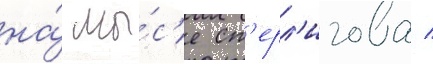
на́ мы́с'е ст'ерл'игова /